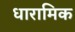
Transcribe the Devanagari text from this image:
धारामिक